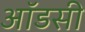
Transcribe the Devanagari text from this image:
ऑडसी